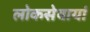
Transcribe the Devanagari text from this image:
लोकसेवायां